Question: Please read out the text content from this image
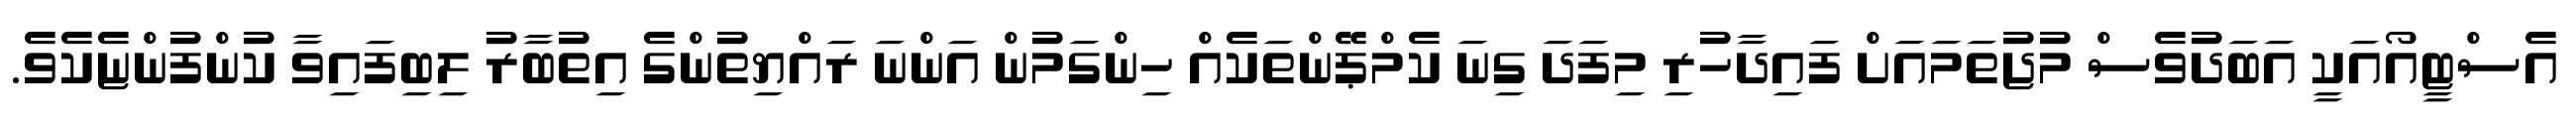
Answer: އެސްޓީއޯއަކީ އަބަދުވެސް މުޖުތަމައަށް ފައިދާހުރި މިފަދަ ގިނަ ކެމްޕޭންތަކެއް ހިންގަމުން އަންނަ ރައްޔިތުންގެ އިތުބާރު ލިބިފައިވާ ކުންފުންޏެކެވެ.